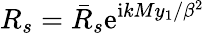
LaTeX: R_{s}=\bar{R}_{s}\mathrm{e}^{\mathrm{i}kMy_{1}/\beta^{2}}